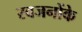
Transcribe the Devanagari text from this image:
स्वजनोंके